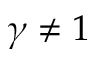
\gamma \neq 1